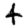
Digit: 4